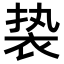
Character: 𬡓